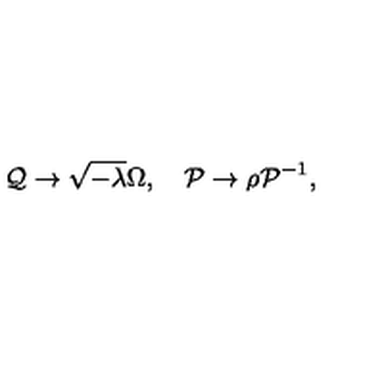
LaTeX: { \cal Q } \rightarrow \sqrt { - \lambda } \Omega , \quad { \cal P } \rightarrow \rho { \cal P } ^ { - 1 } ,